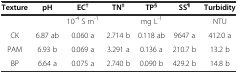
| Texture | pH | EC† | TN‡ | TP§ | SS¶ | Turbidity |
 | --- | --- | --- | --- | --- | --- | --- |
 |  |  | 10-4 S m-1 |  | mg L-1 |  | NTU |
 | CK | 6.87 ab | 0.060 a | 2.714 b | 0.118 ab | 9647 a | 412.0 a |
 | PAM | 6.93 b | 0.069 a | 3.291 a | 0.136 a | 210.7 b | 13.2 b |
 | BP | 6.64 a | 0.075 a | 2.740 b | 0.090 b | 429.2 b | 14.8 b |